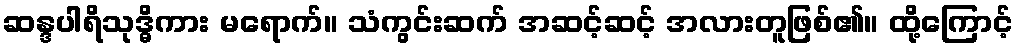
ဆန္ဒပါရိသုဒ္ဓိကား မရောက်။ သံကွင်းဆက် အဆင့်ဆင့် အလားတူဖြစ်၏။ ထို့ကြောင့်